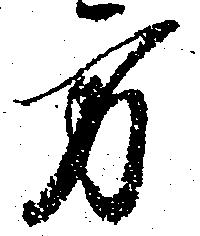
方